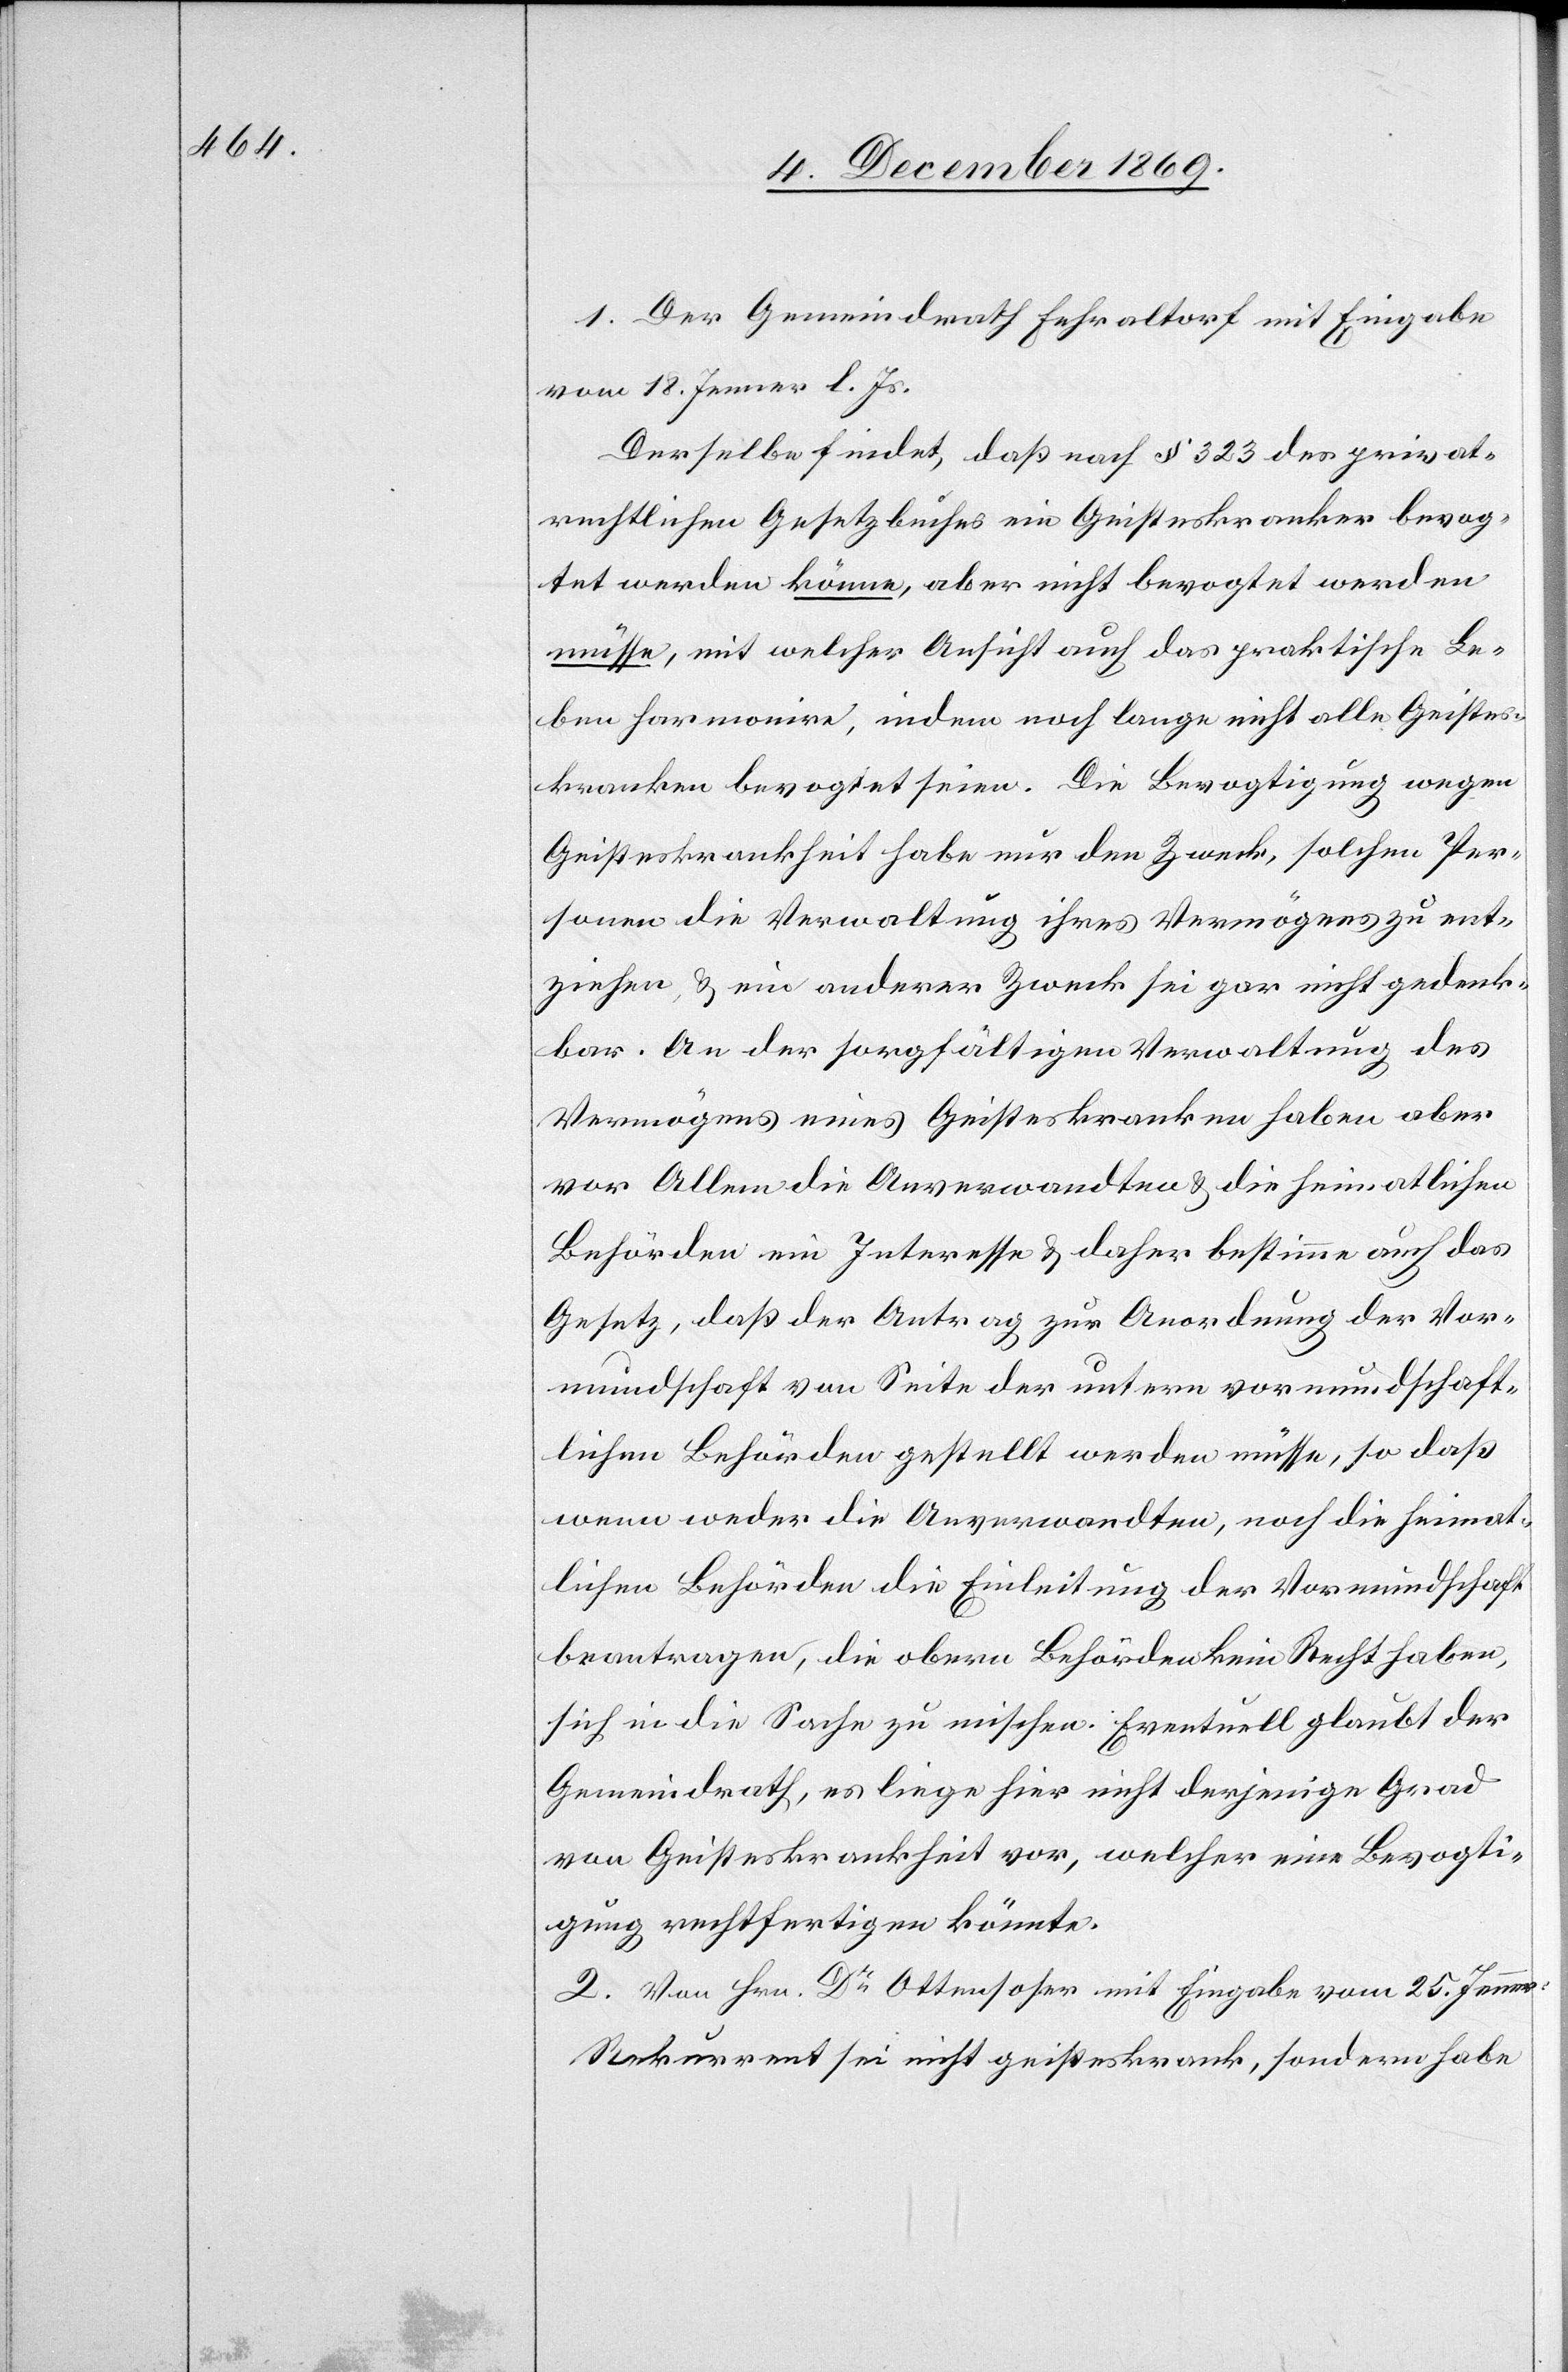
1. Der Gemeindrath Fehraltorf mit Eingabe
vom 18. Jenner l. Js.
Derselbe findet, daß nach § 323 des privat¬
rechtlichen Gesetzbuches ein Geisteskranker bevog¬
tet werden könne, aber nicht bevogtet werden
müsse, mit welcher Ansicht auch das praktische Le¬
ben harmonire, indem noch lange nicht alle Geistes¬
kranken bevogtet seien. Die Bevogtigung wegen
Geisteskrankheit habe nur den Zweck, solchen Per¬
sonen die Verwaltung ihres Vermögens zu ent¬
ziehen, & ein anderer Zweck sei gar nicht gedenk¬
bar. An der sorgfältigen Verwaltung des
Vermögens eines Geisteskranken haben aber
vor Allem die Anverwandten & die heimatlichen
Behörden ein Interesse & daher bestimme auch das
Gesetz, daß der Antrag zur Anordnung der Vor¬
mundschaft von Seite der untern vormundschaft¬
lichen Behörden gestellt werden müsse, so daß
wenn weder die Anverwandten, noch die heimat¬
lichen Behörden die Einleitung der Vormundschaft
beantragen, die obern Behörden kein Recht haben,
sich in die Sache zu mischen: Eventuell glaubt der
Gemeindrath, es liege hier nicht derjenige Grad
von Geisteskrankheit vor, welcher eine Bevogti¬
gung rechtfertigen könnte.
2. Von Hrn. Dr Ottensoser mit Eingabe vom 25. Jenner:
Rekurrent sei nicht geisteskrank, sondern habe